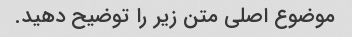
موضوع اصلی متن زیر را توضیح دهید.